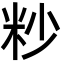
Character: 粆